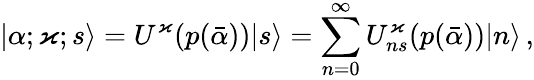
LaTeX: |\alpha;\varkappa;s\rangle=U^{\varkappa}(p(\bar{\alpha}))|s\rangle=\sum_{n=0}^{\infty}U_{ns}^{\varkappa}(p(\bar{\alpha}))|n\rangle\, ,